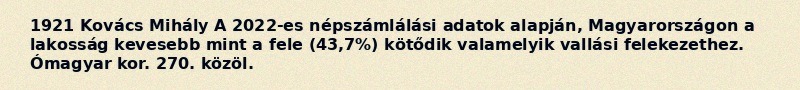
1921 Kovács Mihály A 2022-es népszámlálási adatok alapján, Magyarországon a lakosság kevesebb mint a fele (43,7%) kötődik valamelyik vallási felekezethez. Ómagyar kor. 270. közöl.